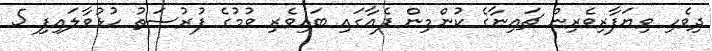
ދިވެހި ވިޔަފާރިވެރިން ޗައިނާގެ ކުންމިން ފެއާގައި ބައިވެރި ވުމުގެ ފުރުސަތު ހުޅުވާލައިފި 5